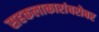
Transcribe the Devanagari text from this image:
सहकलाकारांबरोबर